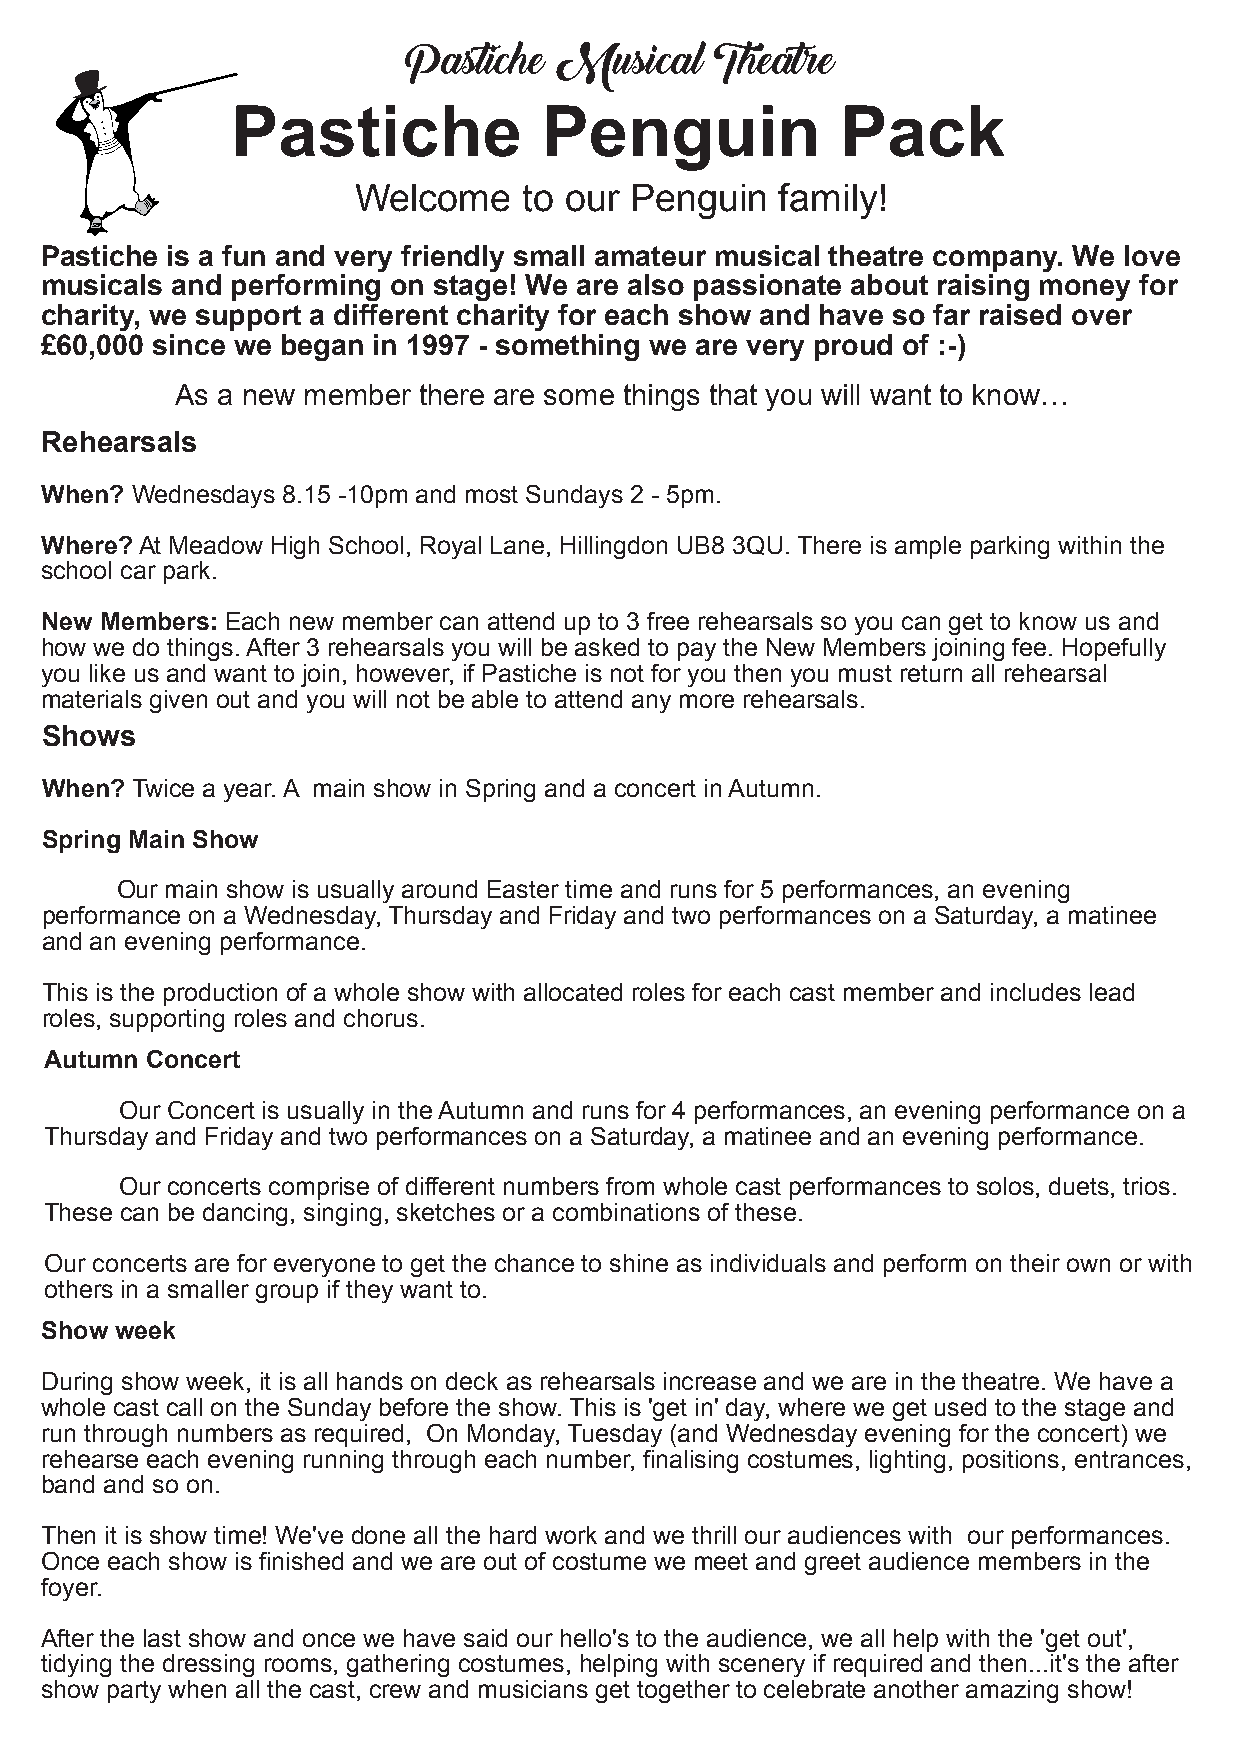
Pastiche  Musical   Theatre
 Pastiche             Penguin             Pack
 Welcome     to our Penguin   family!
 Pastiche is a fun and very friendly small amateur musical theatre company. We love
 musicals and performing on stage! We are also passionate about raising money for
 charity, we support a different charity for each show and have so far raised over
 £60,000 since we began in 1997 - something we are very proud of :-)
 As a new member there are some things that you will want to know…
 Rehearsals
 When? Wednesdays 8.15 -10pm and most Sundays 2 - 5pm.
 Where?At Meadow High School, Royal Lane, Hillingdon UB8 3QU. There is ample parking within the
 school car park.
 New Members: Each new member can attend up to 3 free rehearsals so you can get to know us and
 how we do things.After 3 rehearsals you will be asked to pay the New Members joining fee. Hopefully
 you like us and want to join, however, if Pastiche is not for you then you must return all rehearsal
 materials given out and you will not be able to attend any more rehearsals.
 Shows
 When? Twice a year.A main show in Spring and a concert inAutumn.
 Spring Main Show
 Our main show is usually around Easter time and runs for 5 performances, an evening
 performance on a Wednesday, Thursday and Friday and two performances on a Saturday, a matinee
 and an evening performance.
 This is the production of a whole show with allocated roles for each cast member and includes lead
 roles, supporting roles and chorus.
 Autumn Concert
 Our Concert is usually in theAutumn and runs for 4 performances, an evening performance on a
 Thursday and Friday and two performances on a Saturday, a matinee and an evening performance.
 Our concerts comprise of different numbers from whole cast performances to solos, duets, trios.
 These can be dancing, singing, sketches or a combinations of these.
 Our concerts are for everyone to get the chance to shine as individuals and perform on their own or with
 others in a smaller group if they want to.
 Show week
 During show week, it is all hands on deck as rehearsals increase and we are in the theatre. We have a
 whole cast call on the Sunday before the show. This is 'get in' day, where we get used to the stage and
 run through numbers as required, On Monday, Tuesday (and Wednesday evening for the concert) we
 rehearse each evening running through each number, finalising costumes, lighting, positions, entrances,
 band and so on.
 Then it is show time! We've done all the hard work and we thrill our audiences with our performances.
 Once each show is finished and we are out of costume we meet and greet audience members in the
 foyer.
 After the last show and once we have said our hello's to the audience, we all help with the 'get out',
 tidying the dressing rooms, gathering costumes, helping with scenery if required and then...it's the after
 show party when all the cast, crew and musicians get together to celebrate another amazing show!